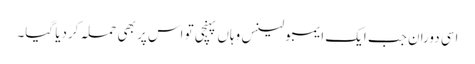
اسی دوران جب ایک ایمبولینس وہاں پہنچی تو اس پر بھی حملہ کردیا گیا۔